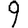
Digit: 9